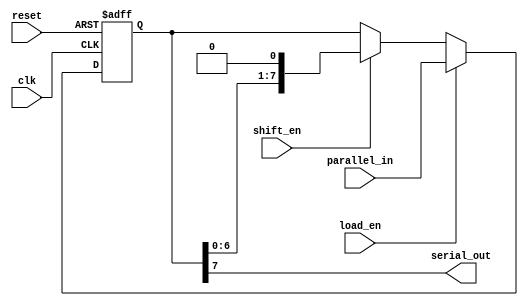
module piso_shift_register (
    input clk,           // Clock signal
    input reset,         // Reset signal
    input load_en,       // Load enable signal
    input shift_en,      // Shift enable signal
    input [7:0] parallel_in, // Parallel input data (8 bits)
    output serial_out    // Serial output data
);

reg [7:0] data;          // Data stored in the shift register
reg [7:0] next_data;     // Next data to be stored in the register

always @(posedge clk or posedge reset) begin
    if (reset) begin
        data <= 8'b0;   // Reset data to zero
    end else if (load_en) begin
        data <= parallel_in; // Load parallel input data into the register
    end else if (shift_en) begin
        data <= {data[6:0], 1'b0}; // Shift data to the right by one bit
    end
end

assign serial_out = data[7]; // Output the most significant bit of the data

endmodule